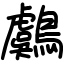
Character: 鸆